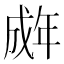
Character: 𫻽